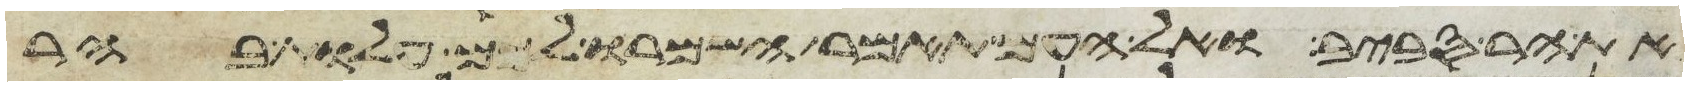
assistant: את ההר סביב ואל העם תאמר השמרו לכם עלות בהר